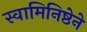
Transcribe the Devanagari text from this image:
स्वामिनिष्ठेने